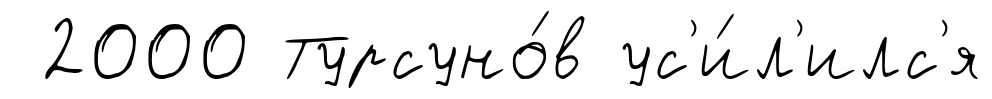
2000 Турсуно́в ус'и́л'илс'я